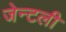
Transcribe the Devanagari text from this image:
जेन्टली